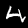
Label: 4